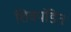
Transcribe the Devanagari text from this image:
शिवपंडित